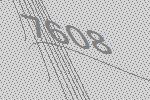
7608